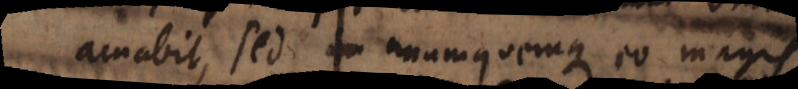
amabit, sed unumquemque eo magis